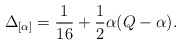
\begin{align*}\Delta _{[\alpha]}=\frac{1}{16}+\frac{1}{2}\alpha(Q-\alpha).\end{align*}